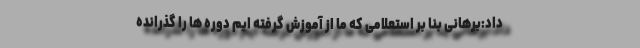
داد:برهانی بنا بر استعلامی که ما از آموزش گرفته ایم دوره ها را گذرانده